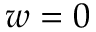
w = 0